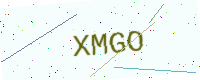
Text: XMGO